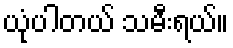
ယုံပါတယ် သမီးရယ်။